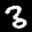
Label: 3